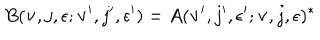
LaTeX: B ( { \bf v } , j , \epsilon ; { \bf v } ^ { \prime } , j ^ { \prime } , \epsilon ^ { \prime } ) = A ( { \bf v } ^ { \prime } , j ^ { \prime } , \epsilon ^ { \prime } ; { \bf v } , j , \epsilon ) ^ { * }